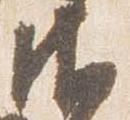
御